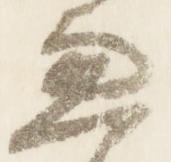
兼